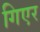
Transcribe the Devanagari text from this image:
गिएर